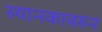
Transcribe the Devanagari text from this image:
स्थानकावरुन